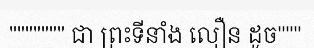
""""""" ជា ព្រះទីនាំង លឿន ដូច"""